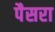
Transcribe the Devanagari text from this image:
पैसरा